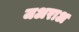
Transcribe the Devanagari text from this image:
जअराअ